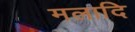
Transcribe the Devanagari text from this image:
मलादि